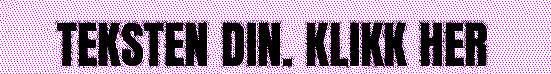
TEKSTEN DIN. KLIKK HER